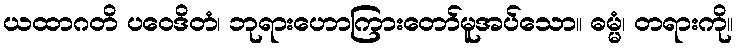
ယထာဂတိ ပဝေဒိတံ၊ ဘုရားဟောကြားတော်မူအပ်သော။ ဓမ္မံ၊ တရားကို။